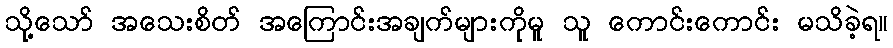
သို့သော် အသေးစိတ် အကြောင်းအချက်များကိုမူ သူ ကောင်းကောင်း မသိခဲ့ရ။